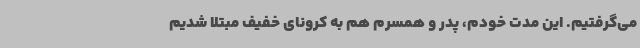
می‌گرفتیم. این مدت خودم، پدر و همسرم هم به کرونای خفیف مبتلا شدیم